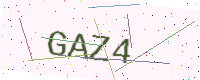
Text: GAZ4